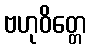
ဗဟုဝိတ္တေ